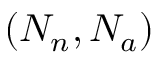
( N _ { n } , N _ { a } )